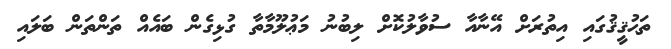
ތަޙުޤީޤުގައި އިތުރަށް އޭނާއާ ސުވާލުކޮށް ލިބުނު މަޢުލޫމާތާ ގުޅިގެން ބައެއް ތަންތަން ބަލައި